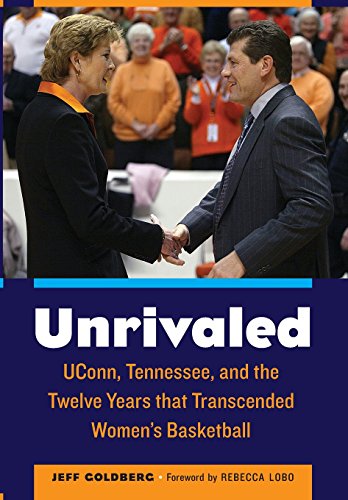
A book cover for Unrivaled: UConn, Tennessee, and the Twelve Years that Transcended WomenEEs Basketball; Jeff Goldberg; Sports & Outdoors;